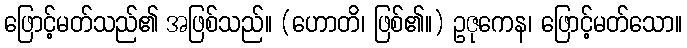
ဖြောင့်မတ်သည်၏ အဖြစ်သည်။ (ဟောတိ၊ ဖြစ်၏။) ဥဇုကေန၊ ဖြောင့်မတ်သော။